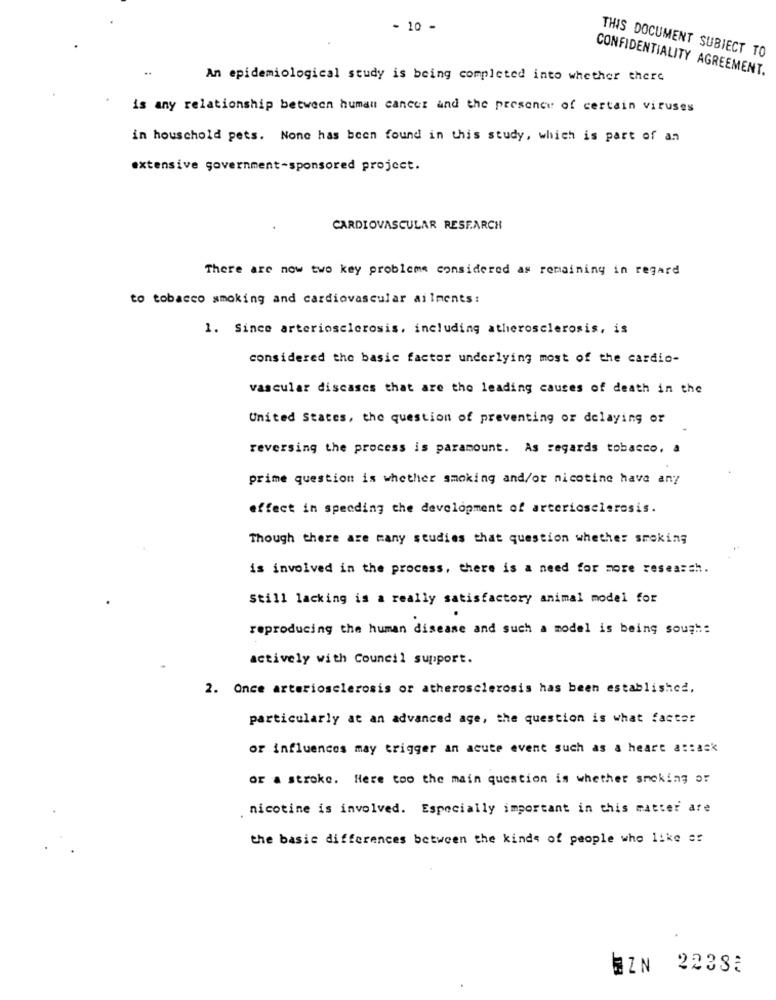
- 10 -
THIS DOCUMENT SUBIECT TO
CONFIDENTIALITY AGREEMENT.
An epidemiological study is being completed into whether there
is any relationship between human cancer and the presence of certain viruses
in houschold pets. None has been found in this study, which is part of an
extensive government-sponsored project.
CARDIOVASCULAR RESEARCH
There are now two key probleme considered as remaining in regard
to tobacco smoking and cardiovascular ailments:
1. Since arteriosclerosis, including atherosclerosis, is
considered the basic factor underlying most of the cardio-
vascular discascs that are the leading causes of death in the
United States, the question of preventing or delaying or
reversing the process is paramount. As regards tobacco, a
prime question is whether smoking and/or nicotine have any
effect in spending the development of arteriosclerosis.
Though there are many studies that question whether smoking
is involved in the process, there is a need for more research.
Still lacking is a really satisfactory animal model for
reproducing the human disease and such a model is being sough:
actively with Council support.
2. Once arteriosclerosis or atherosclerosis has been established.
particularly at an advanced age, the question is what factor
or influences may trigger an acute event such as a heart attack
or a stroke. Here too the main question is whether smoking or
. nicotine is involved. Especially important in this matter are
the basic differences between the kinds of people who like er
BZN 22333